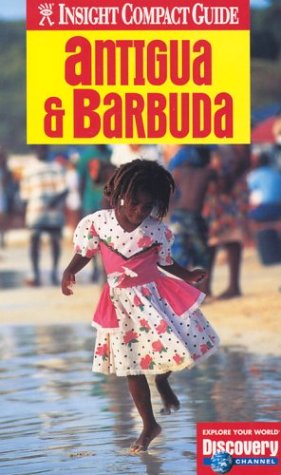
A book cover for Insight Compact Guide Antigua & Barbuda (Insight Compact Guides Antigua); Brian Bell; Travel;